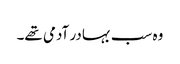
وہ سب بہادر آدمی تھے۔